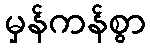
မှန်ကန်စွာ